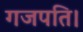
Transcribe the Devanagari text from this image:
गजपति।